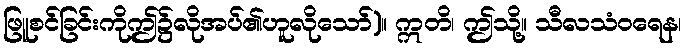
ဖြူစင်ခြင်းကိုဤ၌လိုအပ်၏ဟူလိုသော်)။ ဣတိ၊ ဤသို့။ သီလသံဝရေန၊